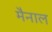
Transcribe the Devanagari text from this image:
मैनाल